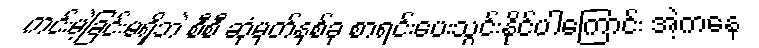
ကင်းမဲ့ခြင်းမရှိဘဲ စီစီ ဆုံမှတ်နှစ်ခု စာရင်းပေးသွင်းနိုင်ပါကြောင်း အဲ့ကနေ